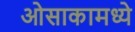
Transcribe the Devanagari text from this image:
ओसाकामध्ये